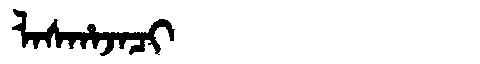
Manchu: ᠯᠠᠰᡥᠠᠵᠠᠴᡳ
Romanization: LASHAJACI